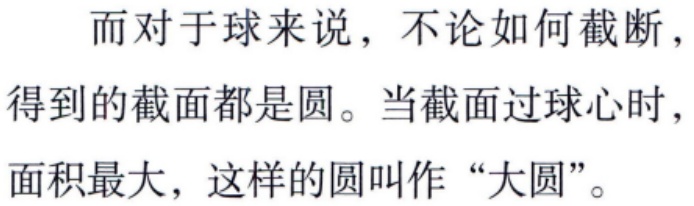
而对于球来说，不论如何截断，得到的截面都是圆。当截面过球心时，面积最大，这样的圆叫作“大圆”。